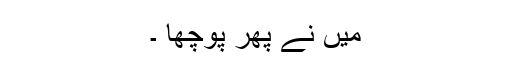
میں نے پھر پوچھا ۔